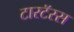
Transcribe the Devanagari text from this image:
टारटॅरस